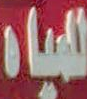
للمياه